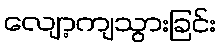
လျော့ကျသွားခြင်း